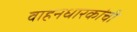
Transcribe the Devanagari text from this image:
वाहनधारकांची